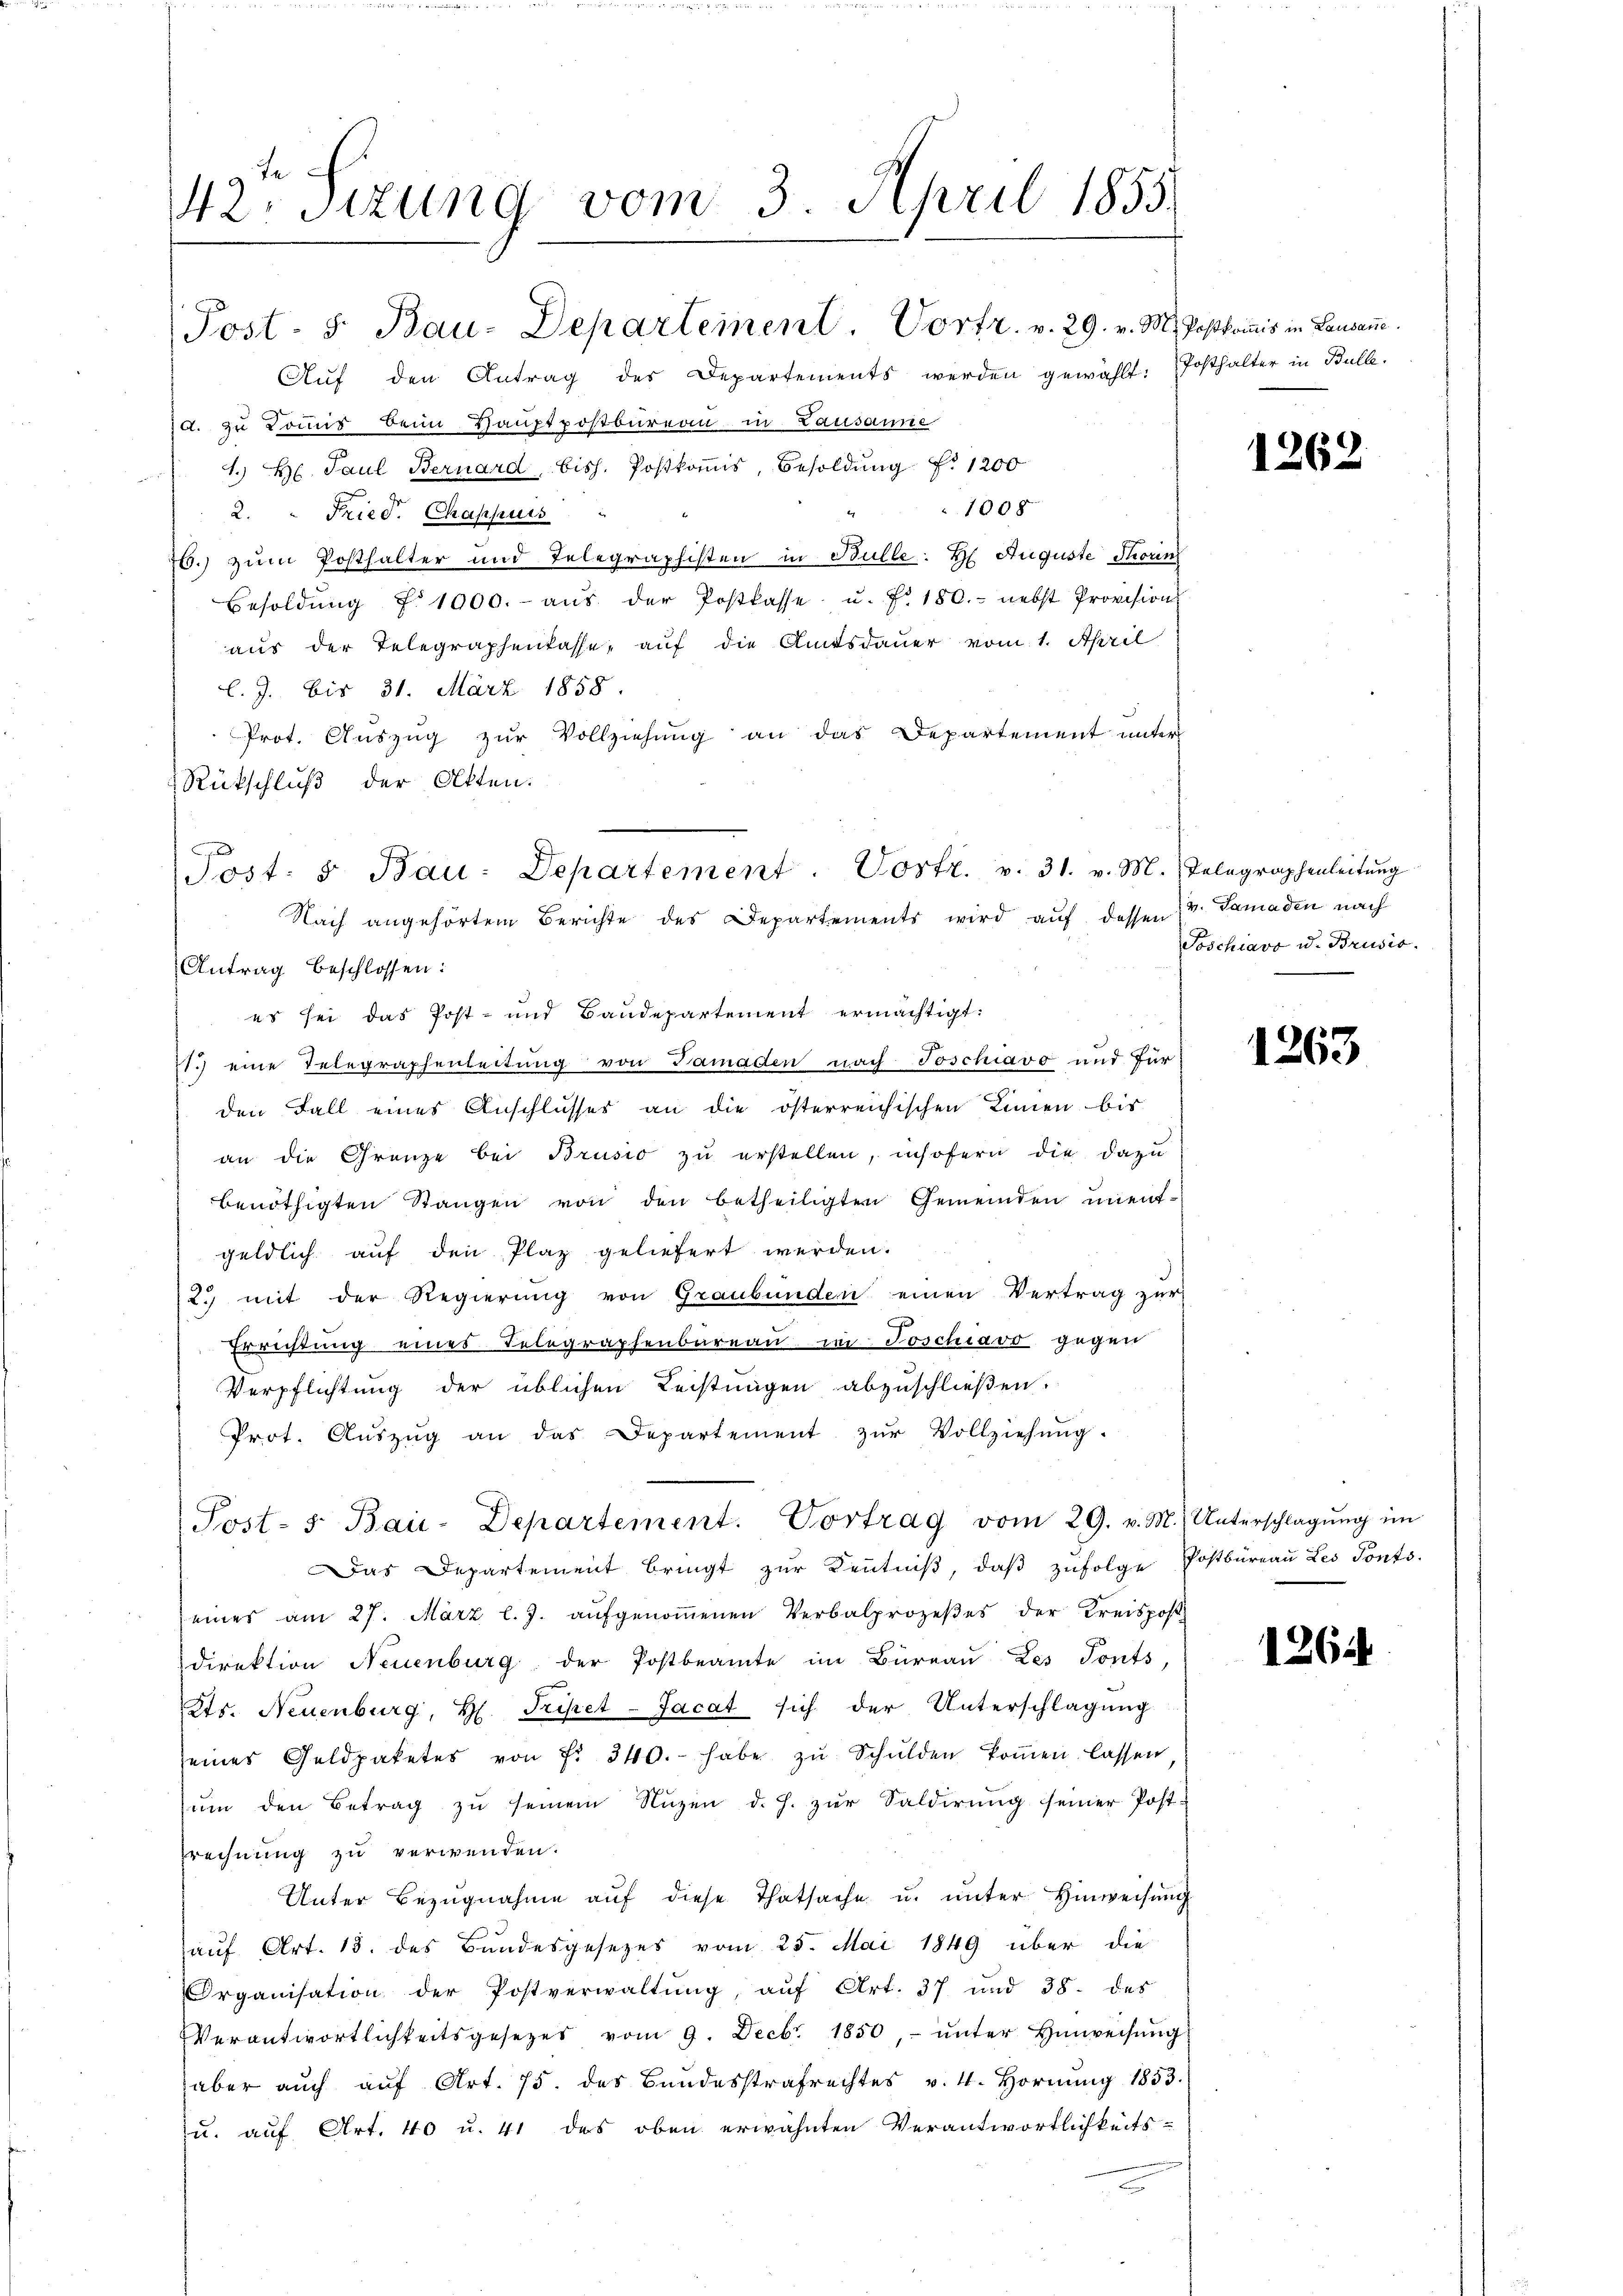
42. Sitzung vom 3. April 1855.

Post: 5. Bau-Departement. Vortr. v. 31. v. M. Telegraphenleitŭng
Nach angehörtem Berichte des Departements wird aŭf dessen 13. Damaden nach

Post- 5. Bau-Departement. Vortr. v. 29. v. M. Postkomis in Lausanne.
Aŭf den Antrag des Departements werden gewählt: „Posthalter in Bulle.
d. zu Commis beim Hauptpostbureau in Lausanne
J. H. Paul Bernard, bish. Postkomis, Besoldung f. 1200
1008
2.  Fried. Chappuis
76.) zum Posthalter und Telegraphisten in Bulle: H. Auguste Thorin
Besoldŭng d. 1000.- aŭs der Postkasse u. fr. 180. nebst Provision
aus der Telegraphenkasse, auf die Amtsdauer vom 1. April
l. J. bis 31. März 1858.
Prot. Auszug zur Vollziehung an das Departement unter
Rückschluß der Akten.
Antrag beschlossen:
es sei das Post- und Baudepartement ermächtigt.
21. eine Telegraphenleitung von Samaden nach Toschiavo und für
den Fall eines Anschlusses an die österreichischen Linien bis
an die Grenze bei Brusio zu erstellen, insofern die dazu
benöthigten Stangen von den betheiligten Gemeinden unentgeldlich auf den Plaz geliefert werden.
2.) mit der Regierung von Graubünden einen Vertrag zur
Errichtung eines Telegraphenbureau in Poschiavo gegen
Verpflichtung der üblichen Leistungen abzuschließen.
Prot. Aŭszŭg an das Departement zŭr Vollziehŭng.
Post- s. Bau-Departement. Vortrag vom 29. v. M. Unterschlagung im
Das Departement bringt zŭr Keṅtniβ, daβ zŭfolge Postbüreaŭ Les Ponto
eines am 27. März l.J. aŭfgenoṁenen Verbalprozeβes der Kreispos
direktion Neuenburg der Postbeamte im Büreaŭ Les Tonts,
Kts. Neuenburg, H. Tripet-Jacat sich der Unterschlagung
seines Geldpaketes von fr. 340.- habe zŭ Schŭlden koṁen lassen
ŭm den Betrag zŭ seinem Nuzen d. h. zŭr Saldirŭng seiner Post-
Erechnung zu verwenden.
Unter Bezŭgnahme aŭf diese Thatsache u. unter Hinweisŭng
auf Art. 13. des Bundesgesezes vom 25. Mai 1849 über die
Organisation der Postverwaltŭng, aŭf Art. 37 und 38. des
Verantwortlichkeitsgesetzes vom 9. Decbr. 1850, ŭnter Hinweisŭng
aber auch auf Art. 75. des Bundesstrafrechtes v. 4. Hornŭng 1853.
u. auf Art. 40 u. 41 des oben erwähnten Verantwortlichkeits-
c

1262

Poschiavo u. Brusis.

1263

1264